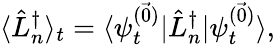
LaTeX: \langle\hat{L}_{n}^{\dagger}\rangle_{t}=\langle\psi_{t}^{(\vec{0})}\vert\hat{L}_{n}^{\dagger}\vert\psi_{t}^{(\vec{0})}\rangle,